Scottish Leaving Certificate Examination, 1958
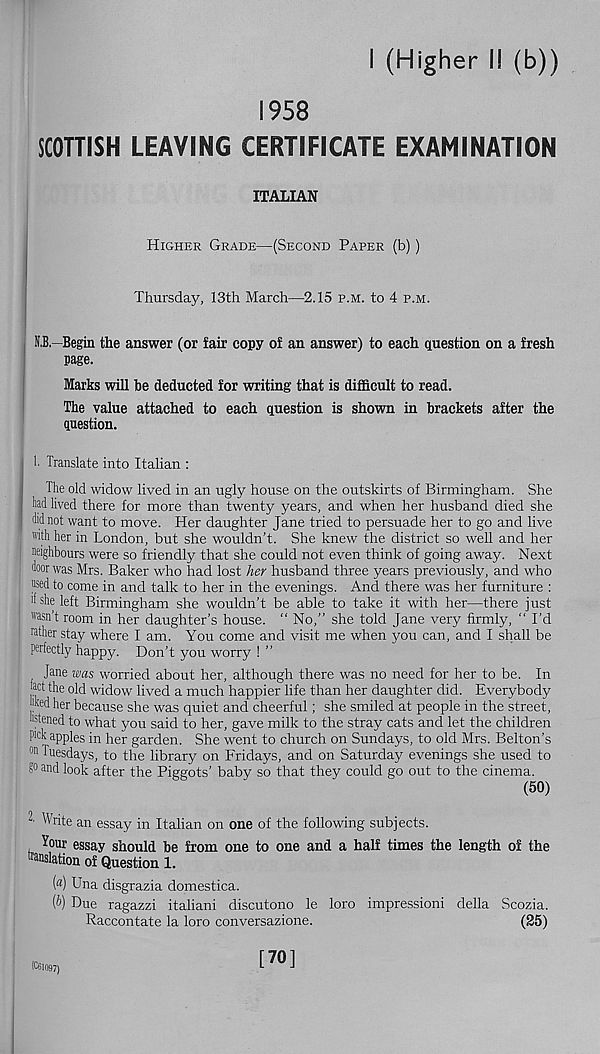
I (Higher I! (b))
1958
SCOTTISH LEAVING CERTIFICATE EXAMINATION
ITALIAN
Higher Grade—(Second Paper (b))
Thursday, 13th March—2.15 p.m. to 4 p.m.
O - Begin the answer (or fair copy of an answer) to each question on a fresh
page.
Marks will be deducted for writing that is difficult to read.
The value attached to each question is shown in brackets after the
question.
1. Translate into Italian :
The old widow lived in an ugly house on the outskirts of Birmingham. She
M lived there for more than twenty years, and when her husband died she
did not want to move. Her daughter Jane tried to persuade her to go and live
with her in London, but she wouldn't. She knew the district so well and her
neighbours were so friendly that she could not even think of going away. Next
door was Mrs. Baker who had lost her husband three years previously, and who
used to come in and talk to her in the evenings. And there was her furniture :
>f she left Birmingham she wouldn’t be able to take it with her—there just
wasn't room in her daughter’s house. “ No,” she told Jane very firmly, “ I’d
father stay where I am. You come and visit me when you can, and I shall be
perfectly happy. Don’ t you worry ! ”
Jane was worried about her, although there was no need for her to be. In
act the old widow lived a much happier life than her daughter did. Everybody
fad her because she was quiet and cheerful; she smiled at people in the street,
astened to what you said to her, gave milk to the stray cats and let the children
Pfck apples in her garden. She went to church on Sundays, to old Mrs. Belton’s
on Tuesdays, to the library on Fridays, and on Saturday evenings she used to
5° and look after the Piggots’ baby so that they could go out to the cinema.
(50)
Write an essay in Italian on one of the following subjects.
Your essay should be from one to one and a half times the length of the
fanslation of Question 1.
(«) Una disgrazia domestica.
(b) Due ragazzi italiani discutono le loro impressioni della Scozia.
Raccontate la loro conversazione.
(25)
(C61097)
[70]